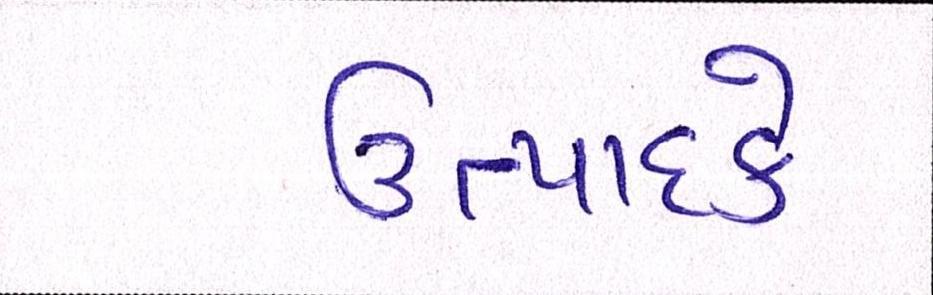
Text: ઉત્પાદકે